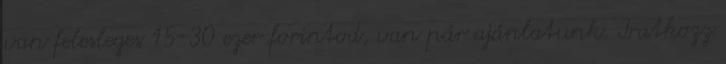
van felesleges 15-30 ezer forintod, van pár ajánlatunk. Iratkozz